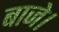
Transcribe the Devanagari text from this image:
बाजे।